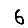
Digit: 6